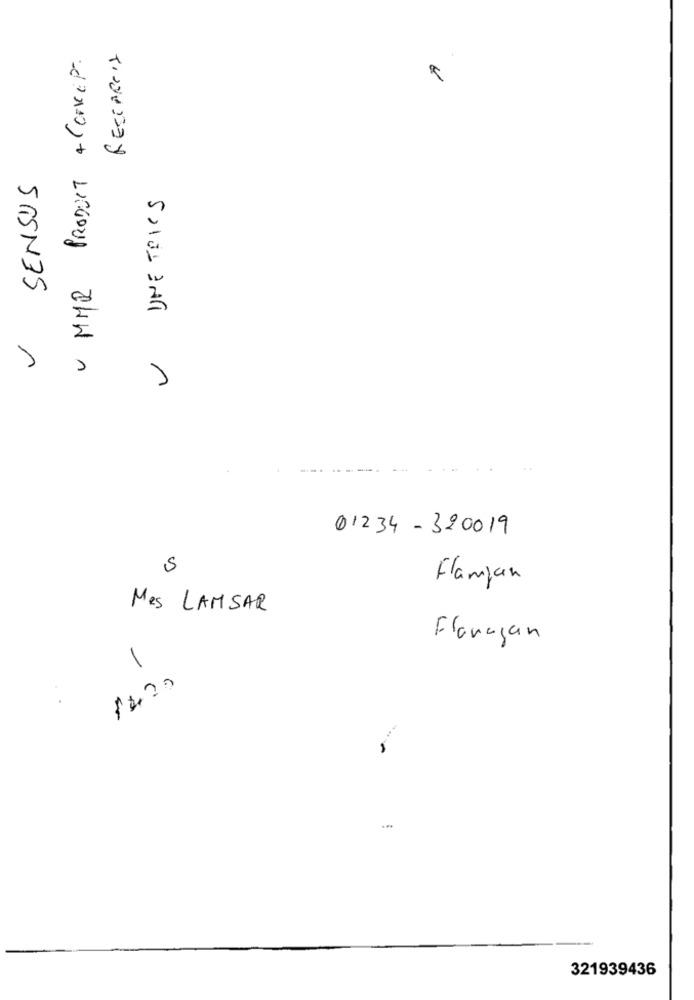
MMR PRODUCT & CONCEPT
SENSUS
01234 - 320019
5
Flanjan
Mes LAMSAR
Flanagan
1
1220
321939436